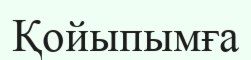
Қойыпымға